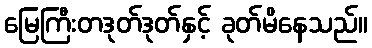
မြေကြီးတဒုတ်ဒုတ်နှင့် ခုတ်မိနေသည်။